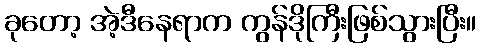
ခုတော့ အဲ့ဒီနေရာက ကွန်ဒိုကြီးဖြစ်သွားပြီး။